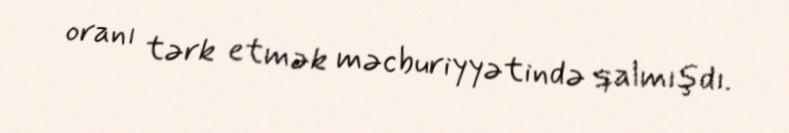
oranı tərk etmək məcburiyyətində qalmışdı.